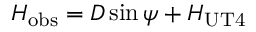
H _ { \mathrm { o b s } } = D \sin \psi + H _ { \mathrm { U T 4 } }